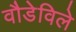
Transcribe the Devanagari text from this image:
वौडेविले